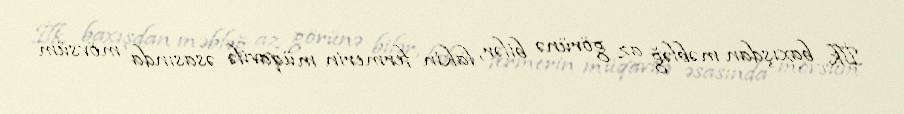
İlk baxışdan məbləğ az görünə bilər, lakin fermerin müqavilə əsasında mövsüm